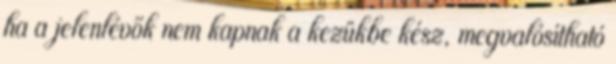
ha a jelenlévők nem kapnak a kezükbe kész, megvalósítható